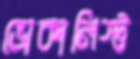
ভোকালিস্ট